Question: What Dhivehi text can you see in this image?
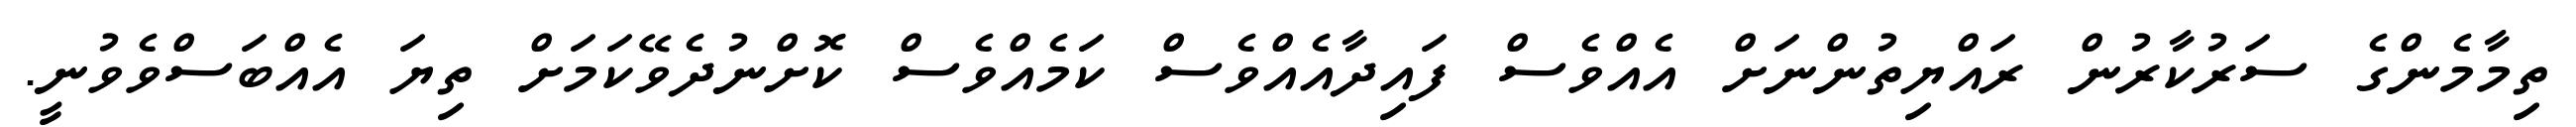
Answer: ތިމާމެންގެ ސަރުކާރުން ރައްޔިތުންނަށް އެއްވެސް ފައިދާއެއްވެސް ކަމެއްވެސް ކޮށްނުދެވޭކަމަށް ތިޔަ އެއްބަސްވެވުނީ.